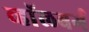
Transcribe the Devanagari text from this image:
व्हाॅलबर्ग